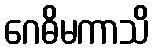
ဂေဓိမကာသိ